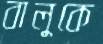
বালুকে